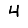
Digit: 4